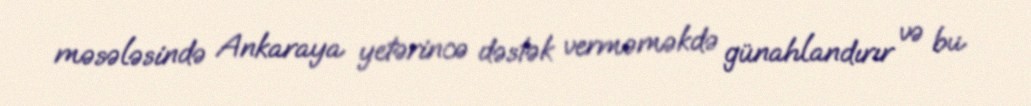
məsələsində Ankaraya yetərincə dəstək verməməkdə günahlandırır və bu